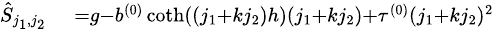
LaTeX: \begin{array}{rl}{{\scriptstyle\hat{S}_{j_{1},j_{2}}}}&{{}{\scriptstyle=g-b^{(0)}\coth((j_{1}+kj_{2})h)(j_{1}+kj_{2})+\tau^{(0)}(j_{1}+kj_{2})^{2}}}\end{array}